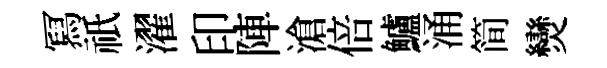
冩祇濯印陣滄倍鱸涌简𤓖